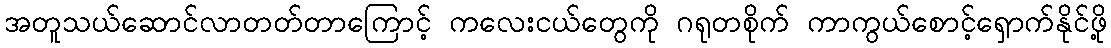
အတူသယ်ဆောင်လာတတ်တာကြောင့် ကလေးငယ်တွေကို ဂရုတစိုက် ကာကွယ်စောင့်ရှောက်နိုင်ဖို့